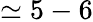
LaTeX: \simeq 5-6